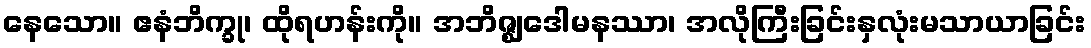
နေသော။ ဧနံဘိက္ခု၊ ထိုရဟန်းကို။ အဘိဇ္ဈဒေါမနဿာ၊ အလိုကြီးခြင်းနှလုံးမသာယာခြင်း